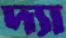
দ্যা